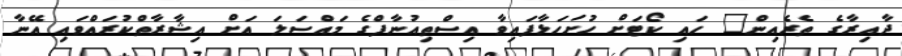
ދާއިރާގެ ތެރެއިން" ހައި ކޯޓަށް ހުށަހަޅާފައިވާ އިސްތިއުނާފްގެ މައްސަލަ އަށް އިޝާރާތްކުރައްވައި އޭނާ